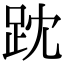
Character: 𧿒